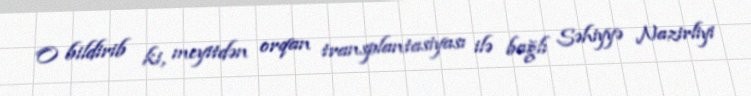
O bildirib ki, meyitdən orqan transplantasiyası ilə bağlı Səhiyyə Nazirliyi